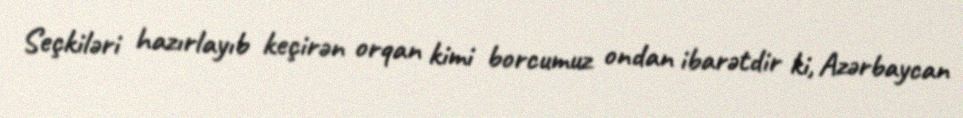
Seçkiləri hazırlayıb keçirən orqan kimi borcumuz ondan ibarətdir ki, Azərbaycan